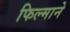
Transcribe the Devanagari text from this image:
फिल्‍माने